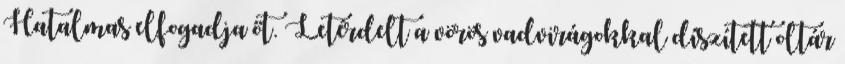
Hatalmas elfogadja őt. Letérdelt a vörös vadvirágokkal díszített oltár